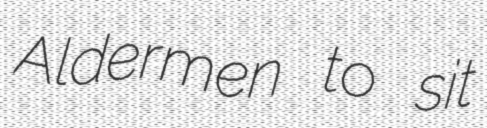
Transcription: Aldermen to sit